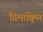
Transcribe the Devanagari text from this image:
प्रिमाक्विन